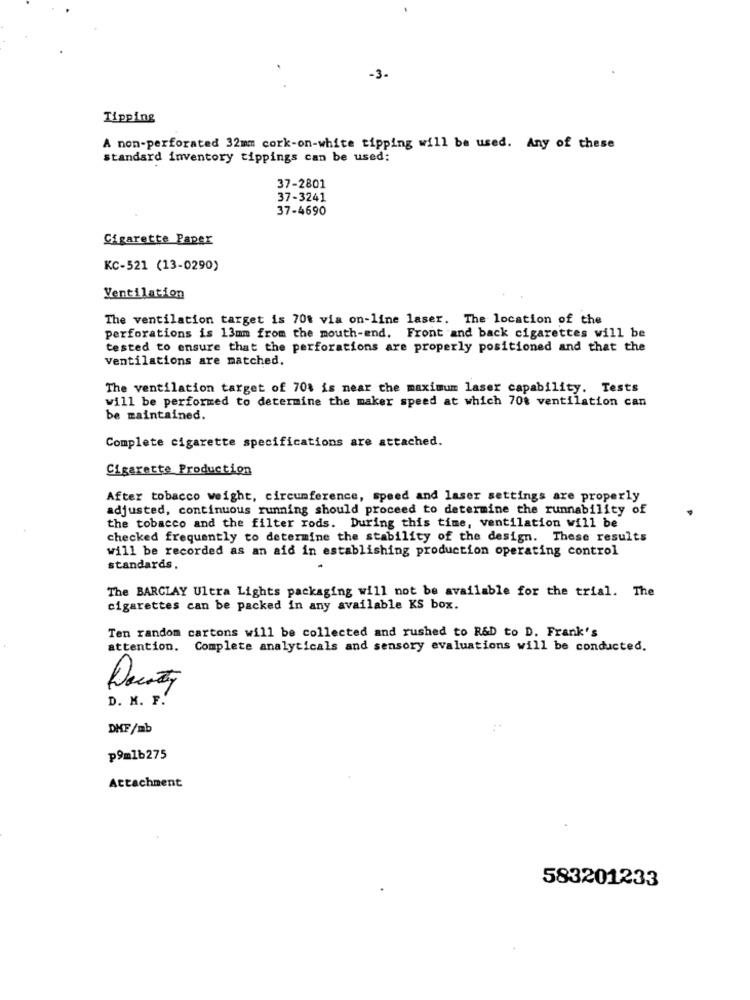
-3.
Tipping
A non-perforated 32mm cork-on-white tipping will be used. Any of these
standard inventory tippings can be used:
37-2801
37-3241
37-4690
Cigarette Paper
KC-521 (13-0290)
Ventilation
The ventilation target is 70t via on-line laser. The location of the
perforations is 13mm from the mouth-end. Front and back cigarettes will be
tested to ensure that the perforations are properly positioned and that the
Ventilations are matched.
The ventilation target of 70% is near the maximum laser capability. Tests
will be performed to determine the maker speed at which 70% ventilation can
be maintained.
Complete cigarette specifications are attached.
Cigarette Production
After tobacco weight, circumference, speed and laser settings are properly
adjusted, continuous running should proceed to determine the runnability of
the tobacco and the filter rods. During this time, ventilation will be
checked frequently to determine the stability of the design. These results
will be recorded as an aid in establishing production operating control
standards.
The BARCLAY Ultra Lights packaging will not be available for the trial. The
cigarettes can be packed in any available KS box.
Ten random cartons will be collected and rushed to R&D to D. Frank's
attention. Complete analyticals and sensory evaluations will be conducted.
Decity
D. M. F.
DHF/mb
p9m1b275
Attachment
583201233